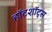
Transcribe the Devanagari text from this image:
हॉटशॉट्स